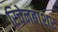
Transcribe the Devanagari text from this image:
रिचेनबाशर